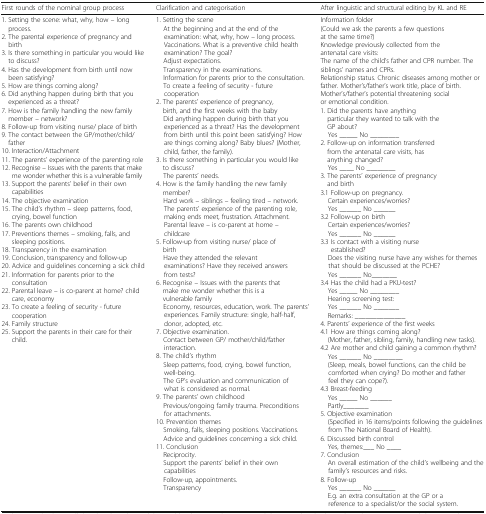
<table><thead><tr><td><b>First rounds of the nominal group process</b></td><td><b>Clarification and categorisation</b></td><td><b>After linguistic and structural editing by KL and RE</b></td></tr></thead><tbody><tr><td>1. Setting the scene: what, why, how – long process.2. The parental experience of pregnancy and birth3. Is there something in particular you would like to discuss?4. Has the development from birth until now been satisfying?5. How are things coming along?6. Did anything happen during birth that you experienced as a threat?7. How is the family handling the new family member – network?8. Follow-up from visiting nurse/ place of birth9. The contact between the GP/mother/child/father10. Interaction/Attachment11. The parents’ experience of the parenting role12. Recognise – Issues with the parents that make me wonder whether this is a vulnerable family13. Support the parents’ belief in their own capabilities14. The objective examination15. The child’s rhythm – sleep patterns, food, crying, bowel function16. The parents own childhood17. Preventions themes – smoking, falls, and sleeping positions.18. Transparency in the examination19. Conclusion, transparency and follow-up20. Advice and guidelines concerning a sick child21. Information for parents prior to the consultation22. Parental leave – is co-parent at home? childcare, economy23. To create a feeling of security - future cooperation24. Family structure25. Support the parents in their care for their child.</td><td>1. Setting the scene At the beginning and at the end of the examination: what, why, how – long process. Vaccinations. What is a preventive child health examination? The goal? Adjust expectations. Transparency in the examinations. Information for parents prior to the consultation. To create a feeling of security - future cooperation2. The parents’ experience of pregnancy, birth, and the first weeks with the baby Did anything happen during birth that you experienced as a threat? Has the development from birth until this point been satisfying? How are things coming along? Baby blues? (Mother, child, father, the family).3. Is there something in particular you would like to discuss? The parents’ needs.4. How is the family handling the new family member? Hard work – siblings – feeling tired – network. The parents’ experience of the parenting role, making ends meet, frustration. Attachment. Parental leave – is co-parent at home – childcare5. Follow-up from visiting nurse/ place of birth Have they attended the relevant examinations? Have they received answers from tests?6. Recognise – Issues with the parents that make me wonder whether this is a vulnerable family Economy, resources, education, work. The parents’ experiences. Family structure: single, half-half, donor, adopted, etc.7. Objective examination. Contact between GP/ mother/child/father interaction.8. The child’s rhythm Sleep patterns, food, crying, bowel function, well-being. The GP’s evaluation and communication of what is considered as normal.9. The parents’ own childhood Previous/ongoing family trauma. Preconditions for attachments.10. Prevention themes Smoking, falls, sleeping positions. Vaccinations. Advice and guidelines concerning a sick child.11. Conclusion Reciprocity. Support the parents’ belief in their own capabilities Follow-up, appointments. Transparency</td><td>Information folder(Could we ask the parents a few questions at the same time?)Knowledge previously collected from the antenatal care visits:The name of the child’s father and CPR number. The siblings’ names and CPRs. Relationship status. Chronic diseases among mother or father. Mother’s/father’s work title, place of birth.Mother’s/father’s potential threatening social or emotional condition.1. Did the parents have anything particular they wanted to talk with the GP about? Yes _____ No ________2. Follow-up on information transferred from the antenatal care visits, has anything changed? Yes ____ No ________3. The parents’ experience of pregnancy and birth3.1 Follow-up on pregnancy. Certain experiences/worries? Yes ______ No ______3.2 Follow-up on birth Certain experiences/worries? Yes ______ No ______3.3 Is contact with a visiting nurse established? Does the visiting nurse have any wishes for themes that should be discussed at the PCHE? Yes ______ No_______3.4 Has the child had a PKU-test? Yes _____ No ________ Hearing screening test: Yes ______ No _______ Remarks: ______________4. Parents’ experience of the first weeks4.1 How are things coming along? (Mother, father, sibling, family, handling new tasks).4.2 Are mother and child gaining a common rhythm? Yes ______ No ________ (Sleep, meals, bowel functions, can the child be comforted when crying? Do mother and father feel they can cope?).4.3 Breast-feeding Yes _____ No ______ Partly_______5. Objective examination (Specified in 16 items/points following the guidelines from The National Board of Health).6. Discussed birth control Yes, themes:___ No ____7. Conclusion An overall estimation of the child’s wellbeing and the family’s resources and risks.8. Follow-up Yes ______ No ______ E.g. an extra consultation at the GP or a reference to a specialist/or the social system.</td></tr></tbody></table>